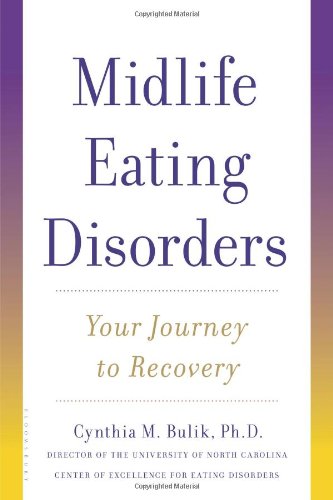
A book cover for Midlife Eating Disorders: Your Journey to Recovery; Cynthia M. Bulik; Self-Help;